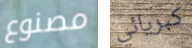
مصنوع كبريائي